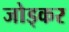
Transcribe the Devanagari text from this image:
जोड्कर